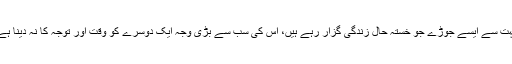
بہت سے ایسے جوڑے جو خستہ حال زندگی گزار رہے ہیں، اس کی سب سے بڑی وجہ ایک دوسرے کو وقت اور توجہ کا نہ دینا ہے۔